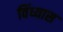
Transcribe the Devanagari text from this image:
विंध्यास